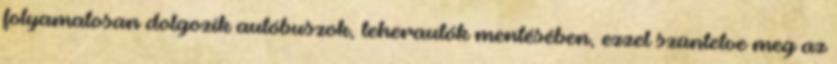
folyamatosan dolgozik autóbuszok, teherautók mentésében, ezzel szüntetve meg az